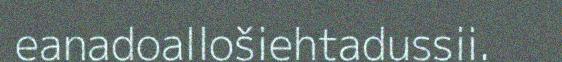
eanadoallošiehtadussii.